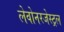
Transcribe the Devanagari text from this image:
लेवोनरजेस्ट्रल